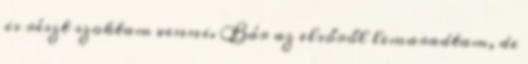
is részt szoktam venni. Bár az elsőről lemaradtam, de